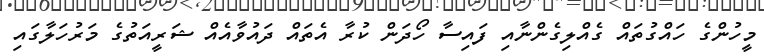
މީހުންގެ ހައްގުތައް ގެއްލިގެންނާއި ފައިސާ ހޯދަން ކުރާ އެތައް ދައުވާއެއް ޝަރީއަތުގެ މަރުހަލާގައި